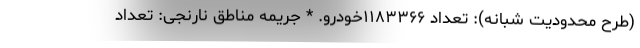
(طرح محدودیت شبانه): تعداد ۱۱۸۳۳۶۶خودرو. * جریمه مناطق نارنجی: تعداد